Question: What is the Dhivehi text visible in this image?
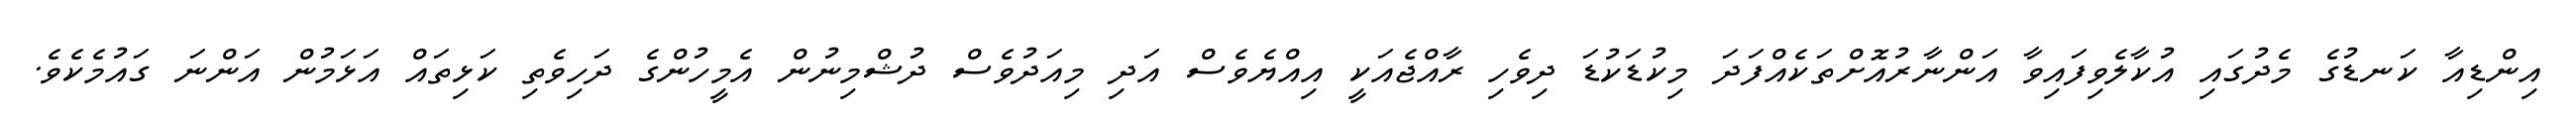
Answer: އިންޑިއާ ކަނޑުގެ މެދުގައި އުކާލެވިފައިވާ އަންނާރުއޮށްތަކެއްފަދަ މިކުޑަކުޑަ ދިވެހި ރާއްޖެއަކީ އިއްޔެވެސް އަދި މިއަދުވެސް ދުޝްމިނުން އެމީހުންގެ ދަހިވެތި ކަޅިތައް އަޅަމުން އަންނަ ގައުމެކެވެ.